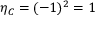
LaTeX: \eta _ { C } = ( - 1 ) ^ { 2 } = 1